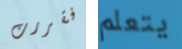
فقررت يتعلم